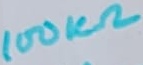
Text: 100KΩ